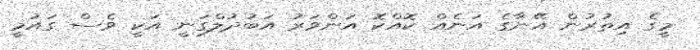
މީގެ އިތުރުން އޭނާގެ އަނެއް ކޮއްކޮ އަންވަރު އަބުދުލްގަނީ އަކީ ވެސް ގައުމީ